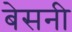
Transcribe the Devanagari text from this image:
बेसनी